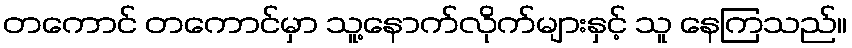
တကောင် တကောင်မှာ သူ့နောက်လိုက်များနှင့် သူ နေကြသည်။